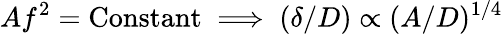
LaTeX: Af^{2}=\mathrm{Constant}\implies(\delta/D)\propto(A/D)^{1/4}